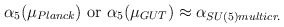
\begin{align*}\alpha_5(\mu_{Planck})\mbox{ or } \alpha_5(\mu_{GUT})\approx \alpha_{SU(5)multicr.}\end{align*}